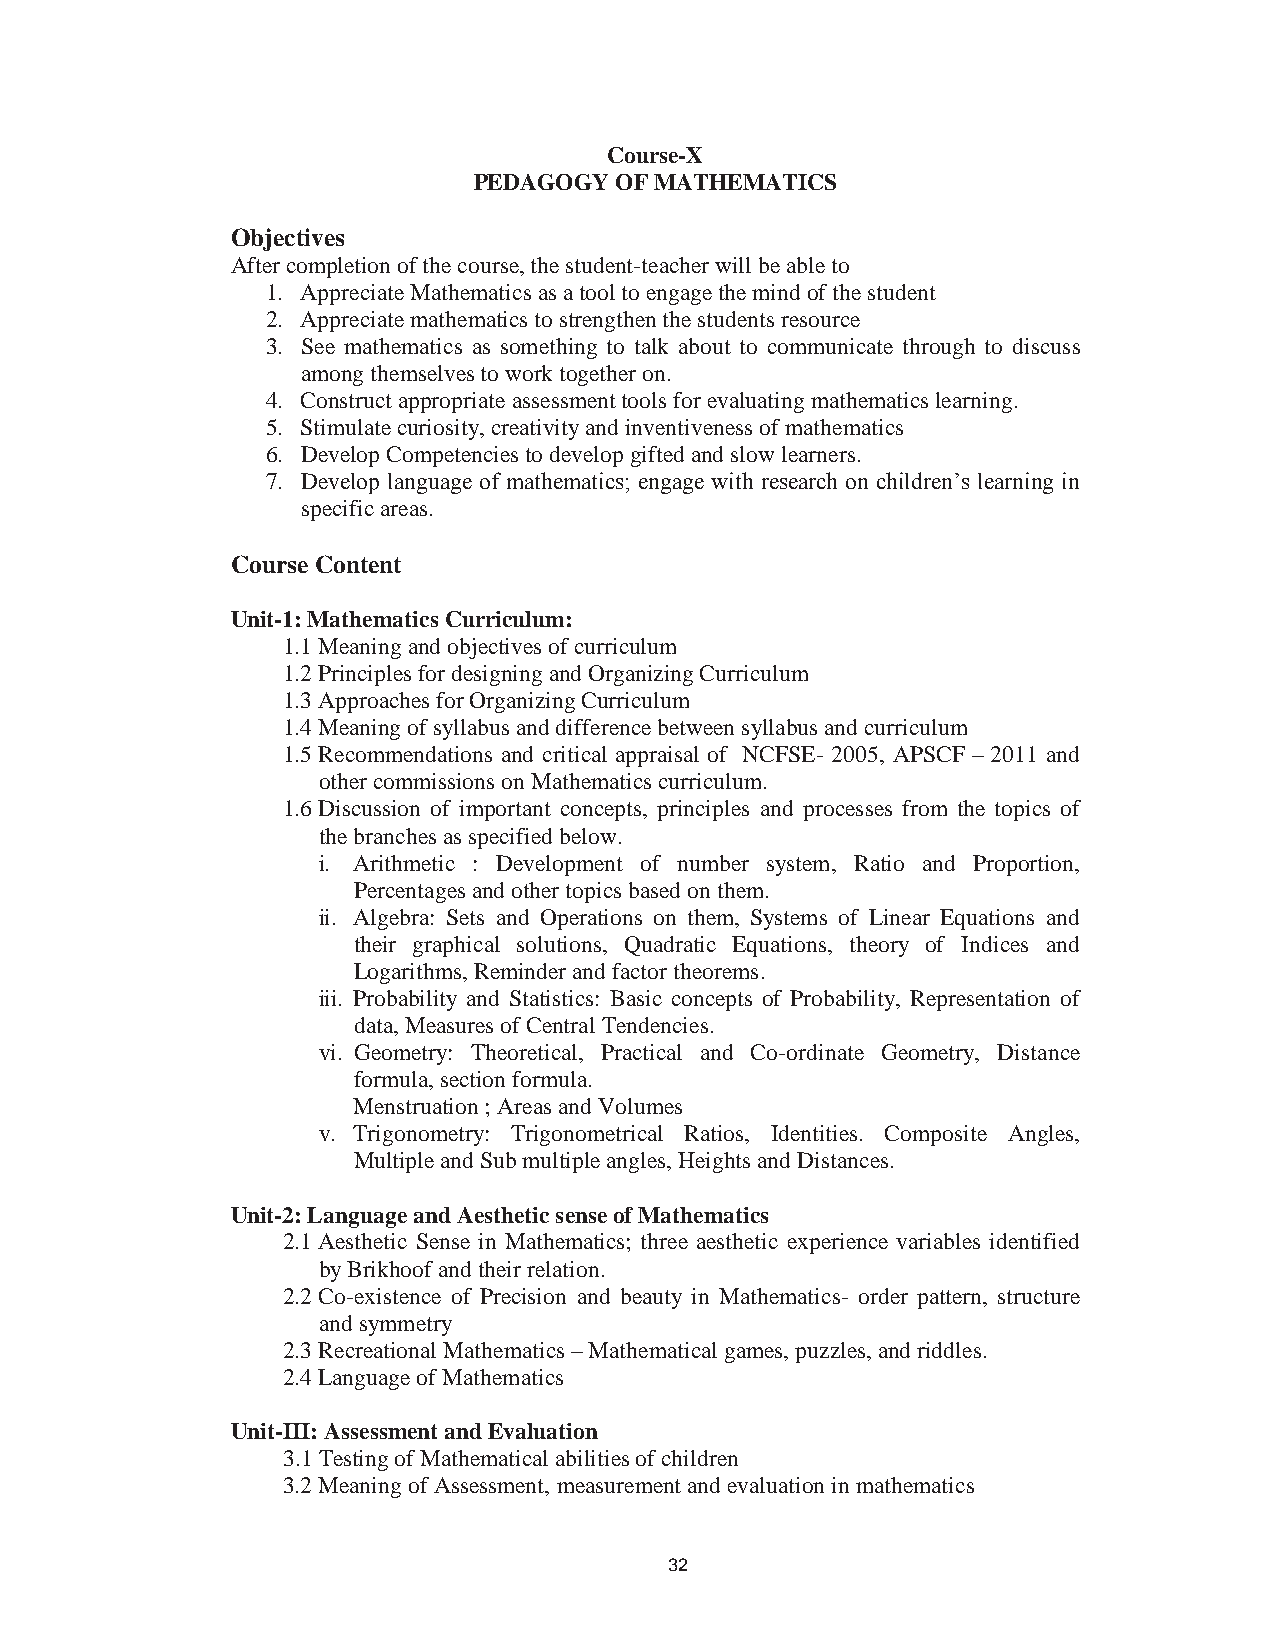
38
 Course-X
 PEDAGOGY  OF MATHEMATICS
 Objectives
 After completion of the course, the student-teacher will be able to
 1. Appreciate Mathematics as a tool to engage the mind of the student
 2. Appreciate mathematics to strengthen the students resource
 3. See mathematics as something to talk about to communicate through to discuss
 among themselves to work together on.
 4. Construct appropriate assessment tools for evaluating mathematics learning.
 5. Stimulate curiosity, creativity and inventiveness of mathematics
 6. Develop Competencies to develop gifted and slow learners.
 7. Develop language of mathematics; engage with research on children’s learning in
 specific areas.
 Course Content
 Unit-1: Mathematics Curriculum:
 1.1 Meaning and objectives of curriculum
 1.2 Principles for designing and Organizing Curriculum
 1.3 Approaches for Organizing Curriculum
 1.4 Meaning of syllabus and difference between syllabus and curriculum
 1.5 Recommendations and critical appraisal of NCFSE- 2005, APSCF – 2011 and
 other commissions on Mathematics curriculum.
 1.6 Discussion of important concepts, principles and processes from the topics of
 the branches as specified below.
 i. Arithmetic : Development of number system, Ratio and Proportion,
 Percentages and other topics based on them.
 ii. Algebra: Sets and Operations on them, Systems of Linear Equations and
 their graphical solutions, Quadratic Equations, theory of Indices and
 Logarithms, Reminder and factor theorems.
 iii. Probability and Statistics: Basic concepts of Probability, Representation of
 data, Measures of Central Tendencies.
 vi. Geometry: Theoretical, Practical and Co-ordinate Geometry, Distance
 formula, section formula.
 Menstruation ; Areas and Volumes
 v. Trigonometry: Trigonometrical Ratios, Identities. Composite Angles,
 Multiple and Sub multiple angles, Heights and Distances.
 Unit-2: Language and Aesthetic sense of Mathematics
 2.1 Aesthetic Sense in Mathematics; three aesthetic experience variables identified
 by Brikhoof and their relation.
 2.2 Co-existence of Precision and beauty in Mathematics- order pattern, structure
 and symmetry
 2.3 Recreational Mathematics – Mathematical games, puzzles, and riddles.
 2.4 Language of Mathematics
 Unit-III: Assessment and Evaluation
 3.1 Testing of Mathematical abilities of children
 3.2 Meaning of Assessment, measurement and evaluation in mathematics
 32